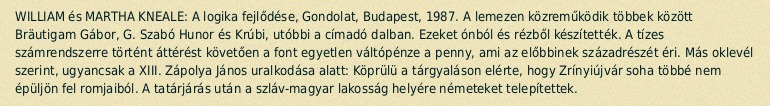
WILLIAM és MARTHA KNEALE: A logika fejlődése, Gondolat, Budapest, 1987. A lemezen közreműködik többek között Bräutigam Gábor, G. Szabó Hunor és Krúbi, utóbbi a címadó dalban. Ezeket ónból és rézből készítették. A tízes számrendszerre történt áttérést követően a font egyetlen váltópénze a penny, ami az előbbinek századrészét éri. Más oklevél szerint, ugyancsak a XIII. Zápolya János uralkodása alatt: Köprülü a tárgyaláson elérte, hogy Zrínyiújvár soha többé nem épüljön fel romjaiból. A tatárjárás után a szláv-magyar lakosság helyére németeket telepítettek.